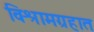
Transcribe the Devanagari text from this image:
विश्रामग्रहात